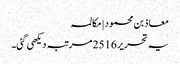
معاذ بن محمود | مکالمہ
یہ تحریر 2516 مرتبہ دیکھی گئی۔